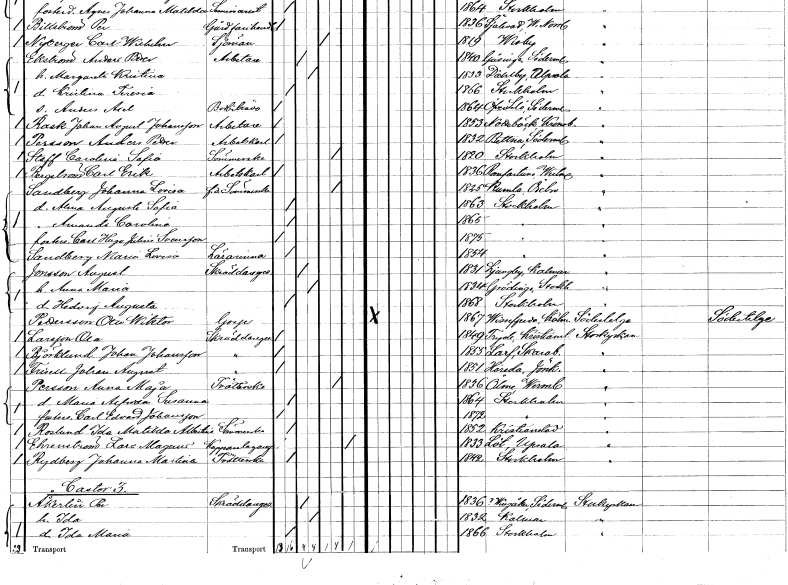
gt_parse: households: individuals: FN: Carolina Sofia
EN: Staff
YRKE: Sömmerska
KON: K
CIV: E
FODAR: 1820
FODFORS: Stockholm
FN: Carl Erik
EN: Bergström
YRKE: Arbetskarl
KON: M
CIV: O
FODAR: 1836
FODFORS: Romfartuna Västmanlands län
FN: Johanna Lovisa
EN: Sandberg
YRKE: Sömmerska f.d.
KON: K
CIV: E
FODAR: 1825
FODFORS: Kumla Örebro län
FN: Anna Augusta Sofia
KON: K
CIV: O
FODAR: 1863
FODFORS: Stockholm
FN: Amanda Carolina
KON: K
CIV: O
FODAR: 1865
FODFORS: Stockholm
FN: Carl Hugo Julius
EN: Svensson
KON: M
CIV: O
FODAR: 1875
FODFORS: Stockholm
FN: Maria Lovisa
EN: Sandberg
YRKE: Lärarinna
KON: K
CIV: O
FODAR: 1854
FODFORS: Stockholm
FN: August
EN: Jonsson
YRKE: Skräddaregesäll
KON: M
CIV: G
FODAR: 1831
FODFORS: Ljungby Kalmar län
FN: Anna Maria
KON: K
CIV: G
FODAR: 1834
FODFORS: Grödinge Stockholms län
FN: Hedvig Augusta
KON: K
CIV: O
FODAR: 1868
FODFORS: Stockholm
FN: Otto Wiktor
EN: Pettersson
KON: M
CIV: O
FODAR: 1867
FODFORS: Vissefjärda Kalmar län
FN: Ola
EN: Larsson
YRKE: Skräddaregesäll
KON: M
CIV: O
FODAR: 1849
FODFORS: Tryde Kristianstads län
FN: Johan
EN: Björklund Johansson
YRKE: Skräddaregesäll
KON: M
CIV: O
FODAR: 1855
FODFORS: Larv Skaraborgs län
FN: Johan August
EN: Frisell
YRKE: Skräddaregesäll
KON: M
CIV: O
FODAR: 1851
FODFORS: Höreda Jönköpings län
FN: Anna Maja
EN: Persson
YRKE: Tvätterska
KON: K
CIV: E
FODAR: 1836
FODFORS: Ölme Värmlands län
FN: Maria Alfrida Susanna
KON: K
CIV: O
FODAR: 1864
FODFORS: Stockholm
FN: Carl Edvard
EN: Johansson
KON: M
CIV: O
FODAR: 1872
FODFORS: Stockholm
FN: Ida Matilda Albertina
EN: Roslund
YRKE: Sömmerska
KON: K
CIV: O
FODAR: 1852
FODFORS: Kristianstad Kristianstads län
FN: Lars Magnus
EN: Ehrenström
YRKE: Kopparslagare
KON: M
CIV: X
FODAR: 1833
FODFORS: Löt Uppsala län
FN: Johanna Martina
EN: Rydberg
YRKE: Tvätterska
KON: K
CIV: O
FODAR: 1842
FODFORS: Stockholm
FN: Per
EN: Åkerlin
YRKE: Skräddaregesäll
KON: M
CIV: G
FODAR: 1836
FODFORS: Vingåker Södermanlands län
FN: Ida
KON: K
CIV: G
FODAR: 1832
FODFORS: Kalmar Kalmar län
FN: Ida Maria
KON: K
CIV: O
FODAR: 1866
FODFORS: Stockholm